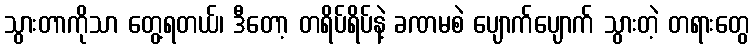
သွားတာကိုသာ တွေ့ရတယ်၊ ဒီတော့ တရိပ်ရိပ်နဲ့ ခဏမစဲ ပျောက်ပျောက် သွားတဲ့ တရားတွေ